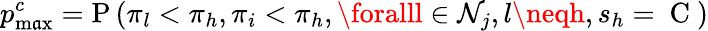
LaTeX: p_{\operatorname*{m\mathfrak{a}x}}^{c}=\mathrm{{P}}\left(\pi_{l}<\pi_{h},\pi_{i}<\pi_{h},\foralll\in\mathcal{{N}}_{j},l\neqh,s_{h}=\mathrm{{~C~}}\right)